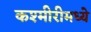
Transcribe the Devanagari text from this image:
कश्मीरीमध्ये